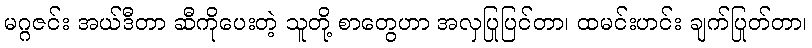
မဂ္ဂဇင်း အယ်ဒီတာ ဆီကိုပေးတဲ့ သူတို့ စာတွေဟာ အလှပြုပြင်တာ၊ ထမင်းဟင်း ချက်ပြုတ်တာ၊